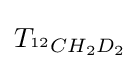
T_{^{12}CH_{2}D_{2}}